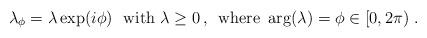
LaTeX: \begin{align*}\lambda_{\phi} = \lambda \exp(i\phi) \ \mbox{ with } \lambda \geq 0 \, , \,\mbox{ where } \, {\rm{arg}}(\lambda) = \phi \in [0,2\pi) \ .\end{align*}